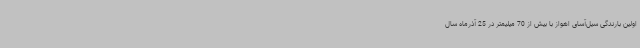
اولین بارندگی سیل‌آسای اهواز با بیش از 70 میلیمتر در 25 آذرماه سال